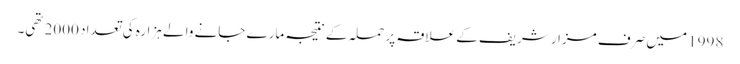
1998 میں صرف مزار شریف کے علاقہ پر حملہ کے نتیجہ مارے جانے والے ہزارہ کی تعداد 2000 تھی۔